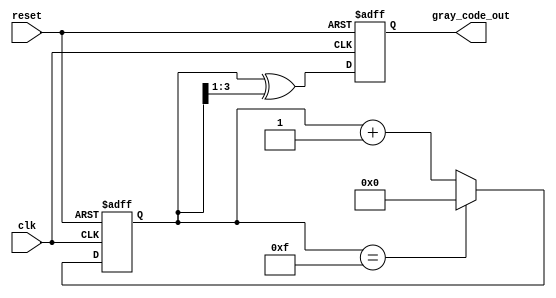
module gray_code_counter #(
    parameter n = 4  // Configurable bit width
)(
    input wire clk,       // Clock signal
    input wire reset,     // Active low reset signal
    output reg [n-1:0] gray_code_out  // Output Gray code
);

    reg [n-1:0] binary_count;  // Internal binary counter

    // Binary to Gray code conversion
    function [n-1:0] binary_to_gray;
        input [n-1:0] binary;
        begin
            binary_to_gray = binary ^ (binary >> 1);
        end
    endfunction

    always @(posedge clk or negedge reset) begin
        if (!reset) begin
            // Reset condition
            binary_count <= 0;
            gray_code_out <= 0;
        end else begin
            // Increment the binary count
            if (binary_count == (1 << n) - 1) begin
                binary_count <= 0;  // Wrap around
            end else begin
                binary_count <= binary_count + 1;
            end
            
            // Update Gray code output
            gray_code_out <= binary_to_gray(binary_count);
        end
    end

endmodule